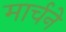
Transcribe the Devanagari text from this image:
मार्चने